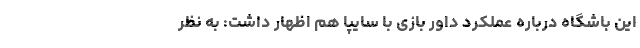
این باشگاه درباره عملکرد داور بازی با سایپا هم اظهار داشت: به نظر